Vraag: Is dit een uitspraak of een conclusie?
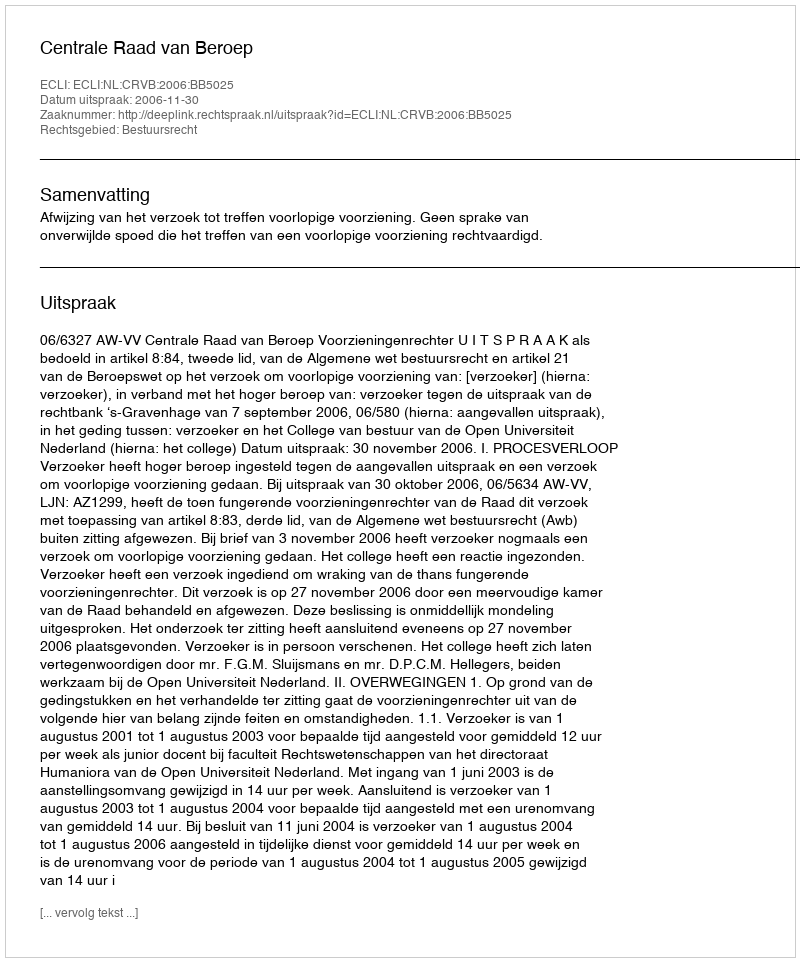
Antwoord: Uitspraak